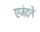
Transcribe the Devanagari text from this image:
एजंटने